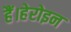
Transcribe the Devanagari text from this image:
हैं।हेरोइन